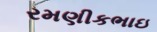
રમણીકભાઇ